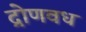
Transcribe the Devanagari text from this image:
द्रोणवध